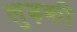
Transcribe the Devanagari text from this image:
लुढ़की